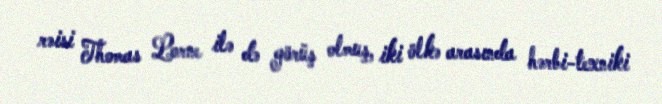
rəisi Thomas Lorne ilə də görüş olmuş, iki ölkə arasında hərbi-texniki